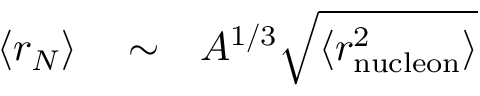
\begin{array} { r l r } { \! \! \! \! \! \! \! \left< r _ { N } \right> } & { { } \sim } & { A ^ { 1 / 3 } \sqrt { \langle r _ { \mathrm { n u c l e o n } } ^ { 2 } \rangle } } \end{array}